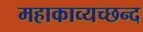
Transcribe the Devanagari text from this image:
महाकाव्यच्छन्द